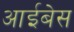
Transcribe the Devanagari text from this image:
आईबेस